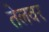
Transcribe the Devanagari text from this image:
तेलवर